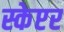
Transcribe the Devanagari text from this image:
स्केप्टर